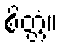
စိတ္တံ။